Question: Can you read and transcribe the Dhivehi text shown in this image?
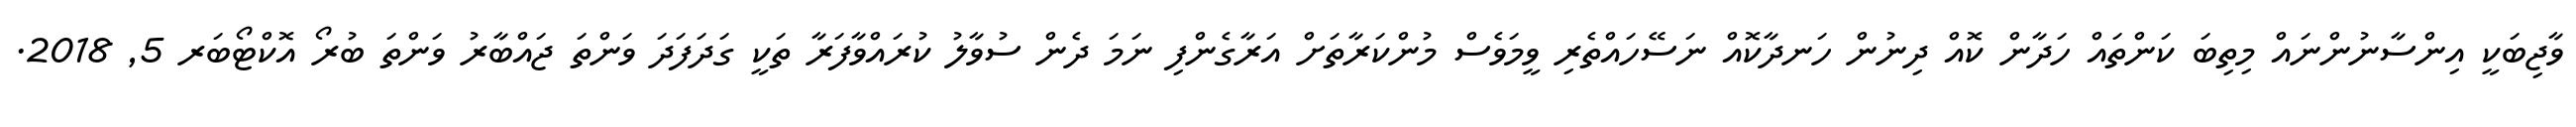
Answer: ވާޖިބަކީ އިންސާނުންނައް މިތިބަ ކަންތައް ހަދާން ކޮއް ދިނުން ހަނދާކޮއް ނަސޭހައްތެރި ވީމަވެސް މުންކަރާތަށް އަރާގެންފި ނަމަ ދެން ސުވާލު ކުރައްވާފަރާ ތަކީ ގަދަފަދަ ވަންތަ ޖައްބާރު ވަންތަ ބުރޯ އޮކްޓޯބަރ 5, 2018.